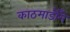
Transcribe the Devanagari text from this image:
काठमाडौँमे